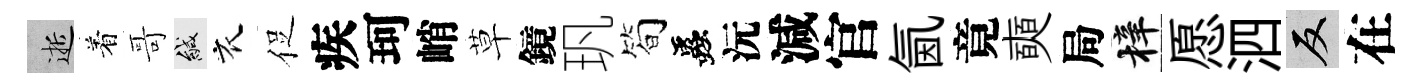
逝着哥緘衣促疾珂峭草鏡㺬简蟲沅減官氤竟奭局梓愿泗反在